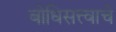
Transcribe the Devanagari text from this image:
बोधिसत्त्वाचे